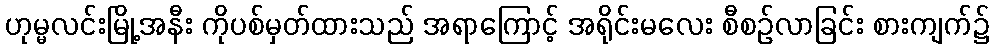
ဟုမ္မလင်းမြို့အနီး ကိုပစ်မှတ်ထားသည် အရာကြောင့် အရိုင်းမလေး စီစဉ်လာခြင်း စားကျက်၌